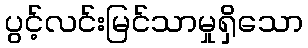
ပွင့်လင်းမြင်သာမှုရှိသော